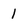
Character: l